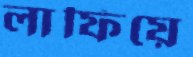
লাফিয়ে